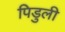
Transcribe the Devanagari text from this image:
पिडुली